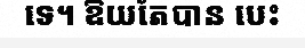
ទេ។ ឱយតែបាន បេះ